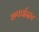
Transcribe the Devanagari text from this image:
छपाईदार